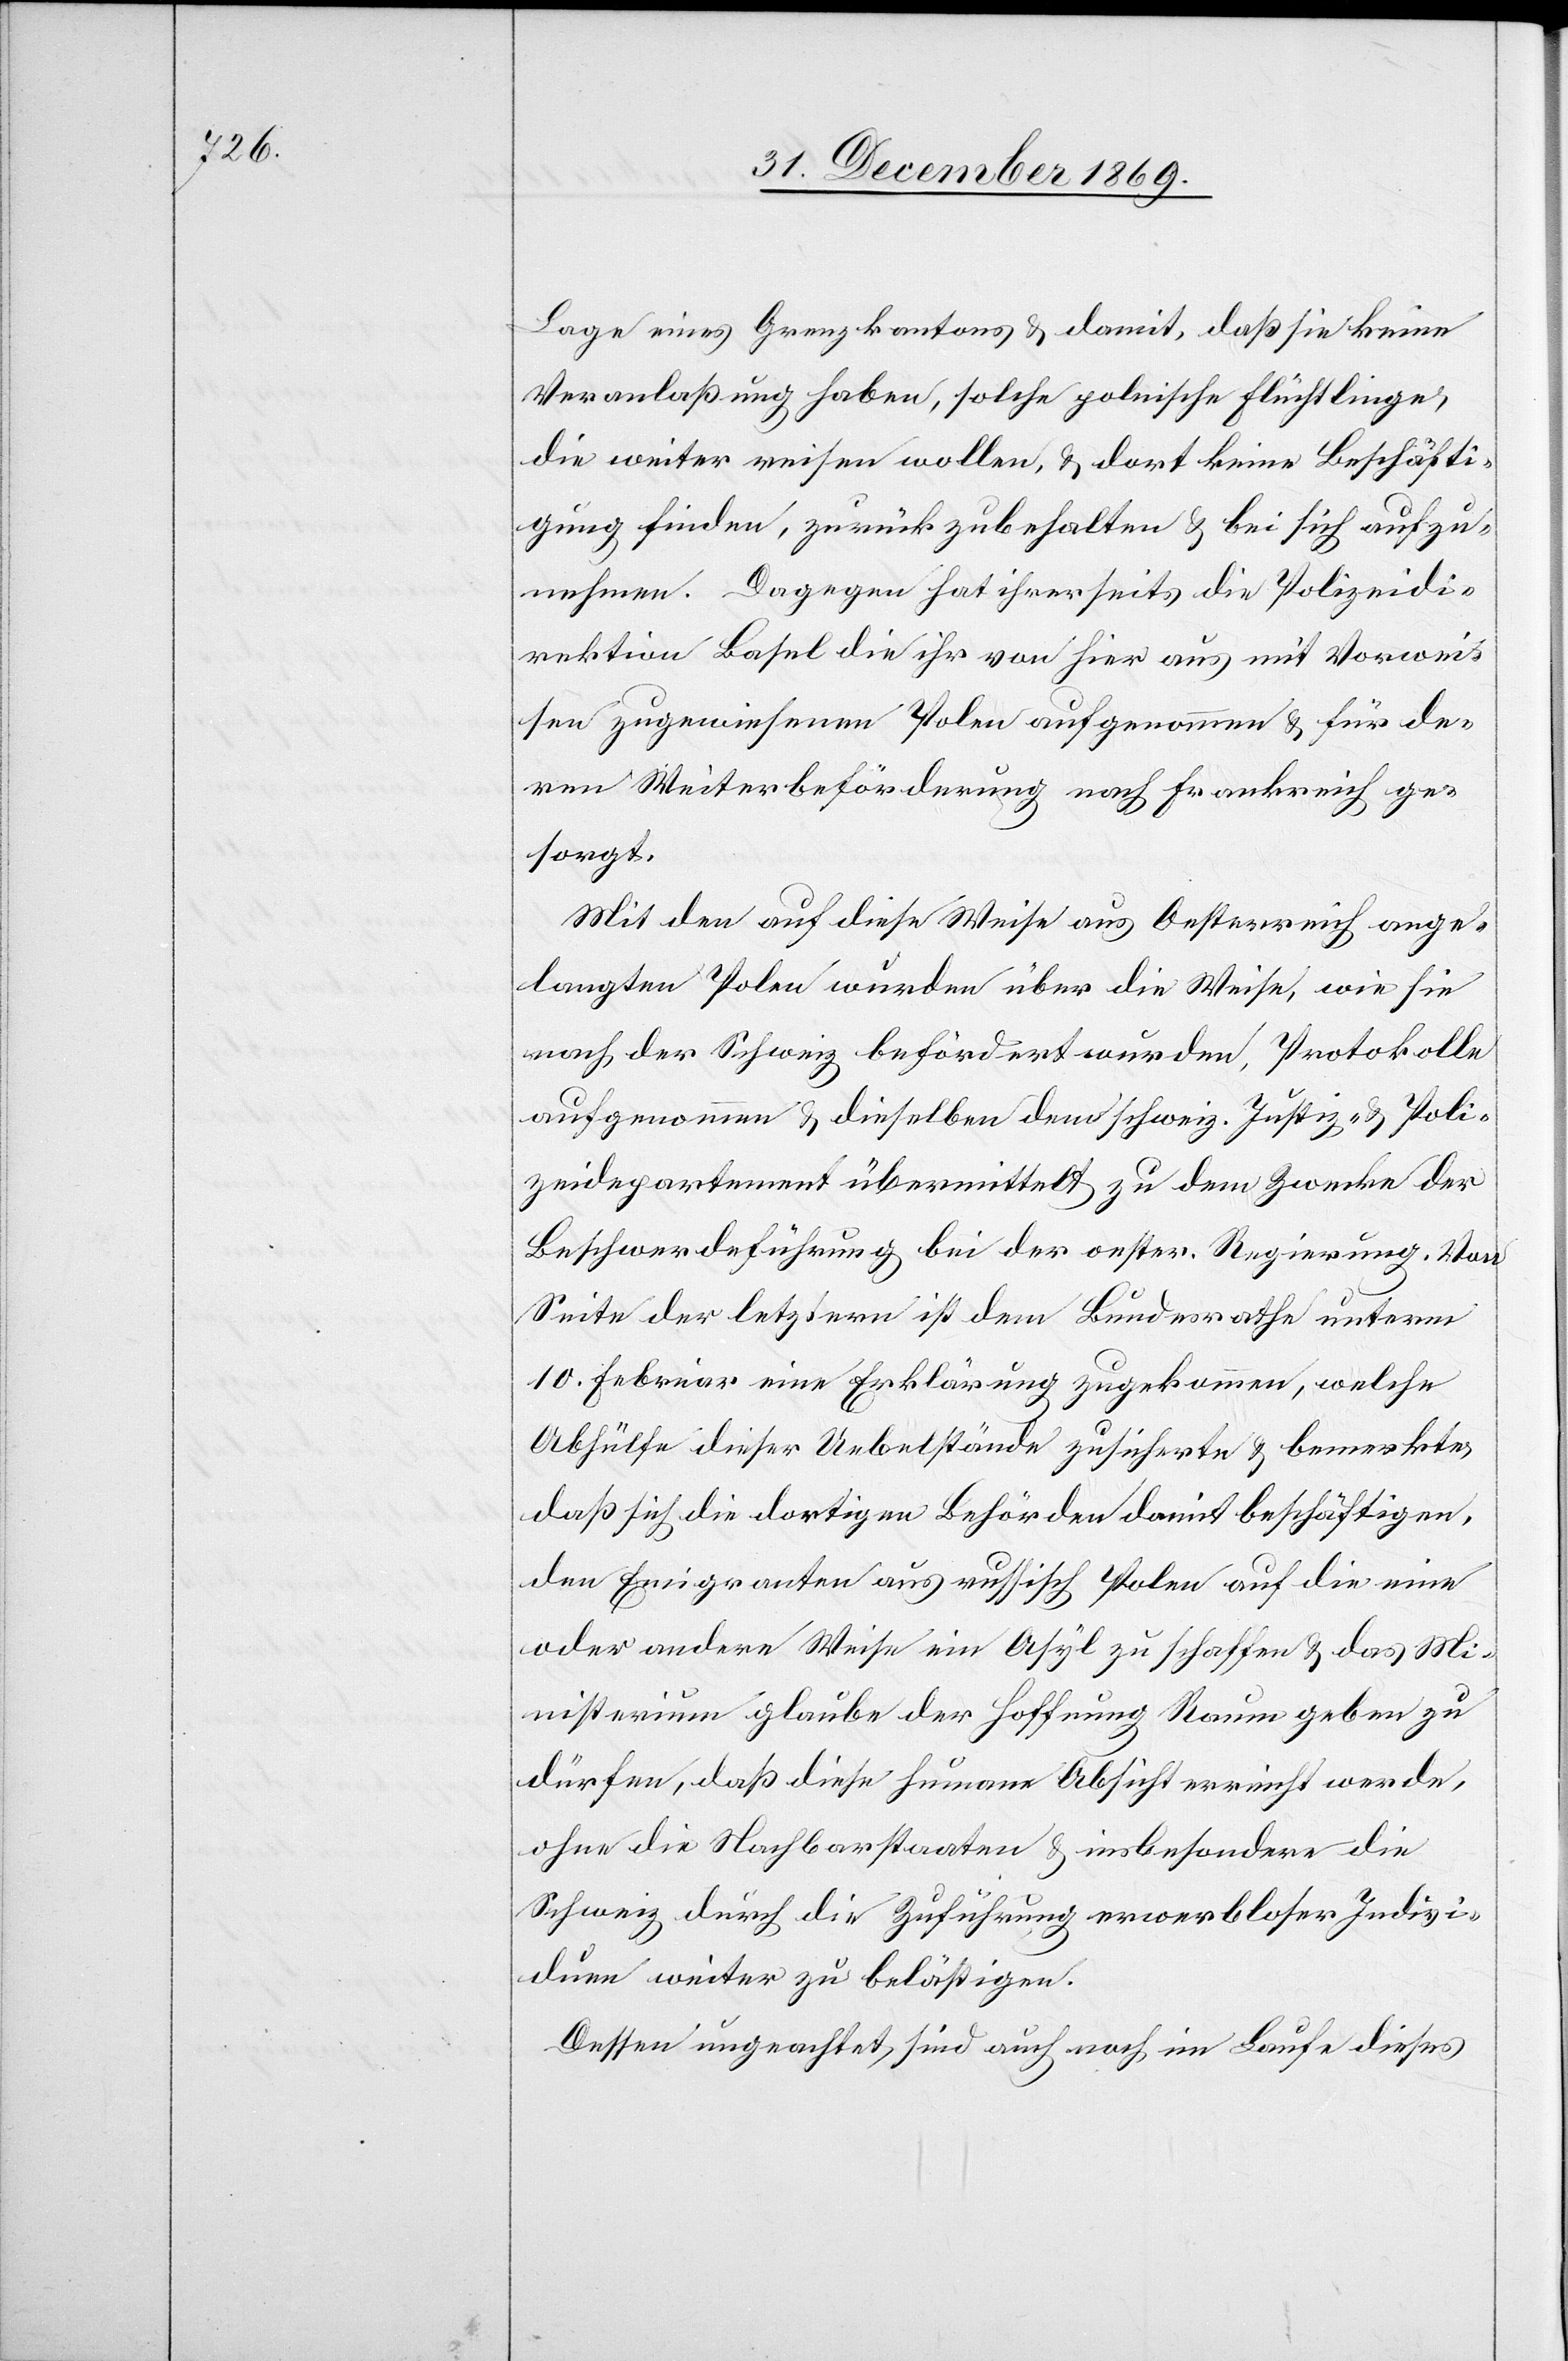
Lage eines Grenzkantons & damit, daß sie keine
Veranlaßung haben, solche polnische Flüchtlinge,
die weiter reisen wollen, & dort keine Beschäfti¬
gung finden, zurückzubehalten & bei sich aufzu¬
nehmen. Dagegen hat ihrerseits die Polizeidi¬
rektion Basel die ihr von hier aus mit Vorwei¬
sen zugewiesenen Polen aufgenommen & für de¬
ren Weiterbeförderung nach Frankreich ge¬
sorgt.
Mit den auf diese Weise aus Oesterreich ange¬
langten Polen wurden über die Weise, wie sie
nach der Schweiz befördert wurden, Protokolle
aufgenommen & dieselben dem schweiz. Justiz- & Poli¬
zeidepartement übermittelt zu dem Zwecke der
Beschwerdeführung bei der oester. Regierung. Von
Seite der letztern ist dem Bundesrathe unterm
10. Februar eine Erklärung zugekommen, welche
Abhülfe dieser Uebelstände zusicherte & bemerkte,
daß sich die dortigen Behörden damit beschäftigen,
den Emigranten aus russisch Polen auf die eine
oder andere Weise ein Asyl zu schaffen & das Mi¬
nisterium glaube der Hoffnung Raum geben zu
dürfen, daß diese humane Absicht erreicht werde,
ohne die Nachbarstaaten & insbesondere die
Schweiz durch die Zuführung erwerbloser Indivi¬
duen weiter zu belästigen.
Dessen ungeachtet sind auch noch im Laufe dieses